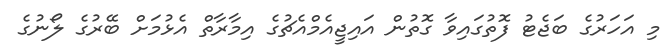
މި އަހަރުގެ ބަޖެޓު ފޮތުގައިވާ ގޮތުން އައިޖީއެމްއެޗުގެ އިމާރާތް އެޅުމަށް ބޭރުގެ ލޯނުގެ